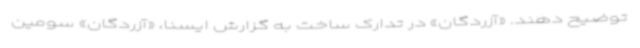
توضیح دهند. «آزردگان» در تدارک ساخت به گزارش ایسنا، «آزردگان» سومین